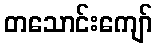
တသောင်းကျော်